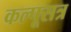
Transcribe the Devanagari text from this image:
कल्पूसत्र